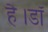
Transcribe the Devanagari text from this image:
है।डॉ